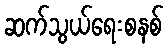
ဆက်သွယ်ရေးစနစ်